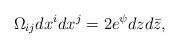
LaTeX: \begin{align*}\Omega_{ij}dx^idx^j = 2e^{\psi}dzd\bar{z},\end{align*}